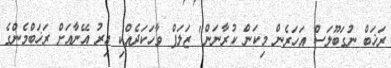
ރަޚަބް ނުގަބޫލަސް އަހަރެން މިކަން ކުރާނަން" ޒަލަފް ވާހަކަދެއްކި އިރު އޭނާއަށް ރަޚަބްމެންގެ